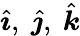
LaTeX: {\hat{\boldsymbol{\imath}}},\ {\hat{\boldsymbol{\jmath}}},\ {\hat{\boldsymbol{k}}}